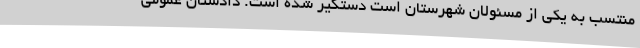
منتسب به یکی از مسئولان شهرستان است دستگیر شده است. دادستان عمومی